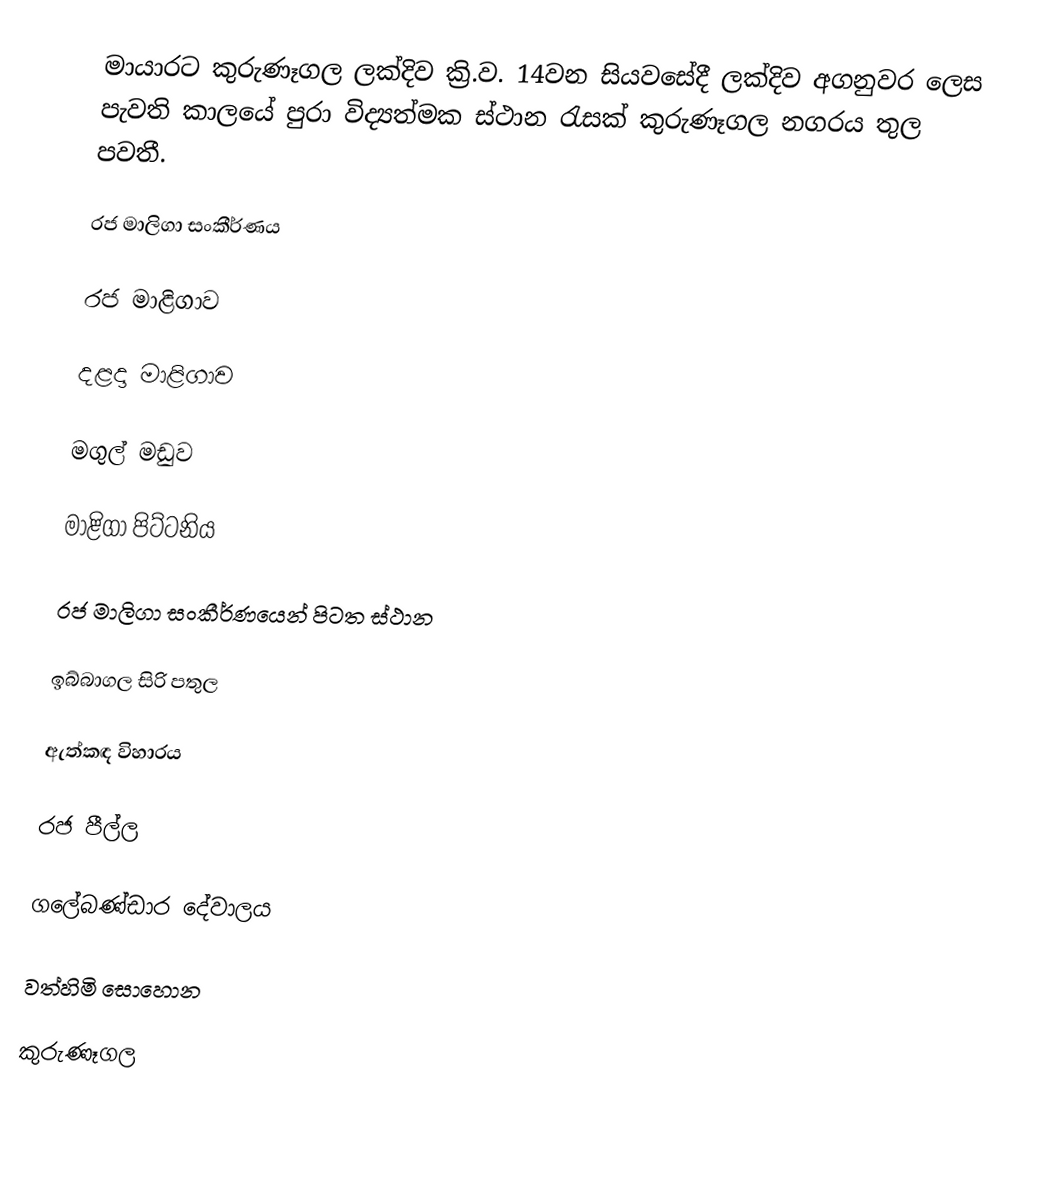
මායාරට කුරුණෑගල ලක්දිව ක්‍රි.ව. 14වන සියවසේදී ලක්දිව අගනුවර ලෙස පැවති කාලයේ පුරා විද්‍යත්මක ස්ථාන රැසක් කුරුණෑගල නගරය තුල පවතී.

රජ මාලිගා සංකීර්ණය

රජ මාළිගාව

දළදා මාළිගාව

මගුල් මඩුව

මාළිගා පිට්ටනිය

රජ මාලිගා සංකීර්ණයෙන් පිටත ස්ථාන

ඉබ්බාගල සිරි පතුල

ඇත්කඳ විහාරය

රජ පීල්ල

ගලේබණ්ඩාර දේවාලය

වත්හිමි සොහොන

කුරුණෑගල